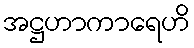
အဋ္ဌဟာကာရေဟိ